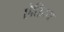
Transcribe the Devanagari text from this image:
ऐतिहय